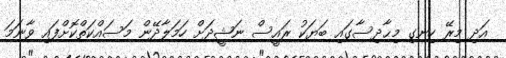
އަދި މިރޭ ހިނގި މިޙާދިސާގައި ބަޔަކު ރައީސް ނަޝީދަށް ހަމަލާދޭން މަސައްކަތްކޮށްފައި ވާނަމަ